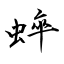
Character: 蜶